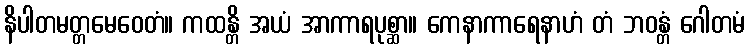
နိပါတမတ္တမေဝေတံ။ ကထန္တိ အယံ အာကာရပုစ္ဆာ။ ကေနာကာရေနာဟံ တံ ဘဝန္တံ ဂေါတမံ